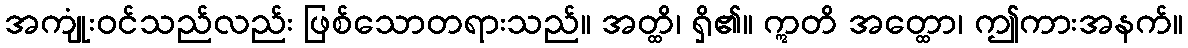
အကျုံးဝင်သည်လည်း ဖြစ်သောတရားသည်။ အတ္ထိ၊ ရှိ၏။ ဣတိ အတ္ထော၊ ဤကားအနက်။